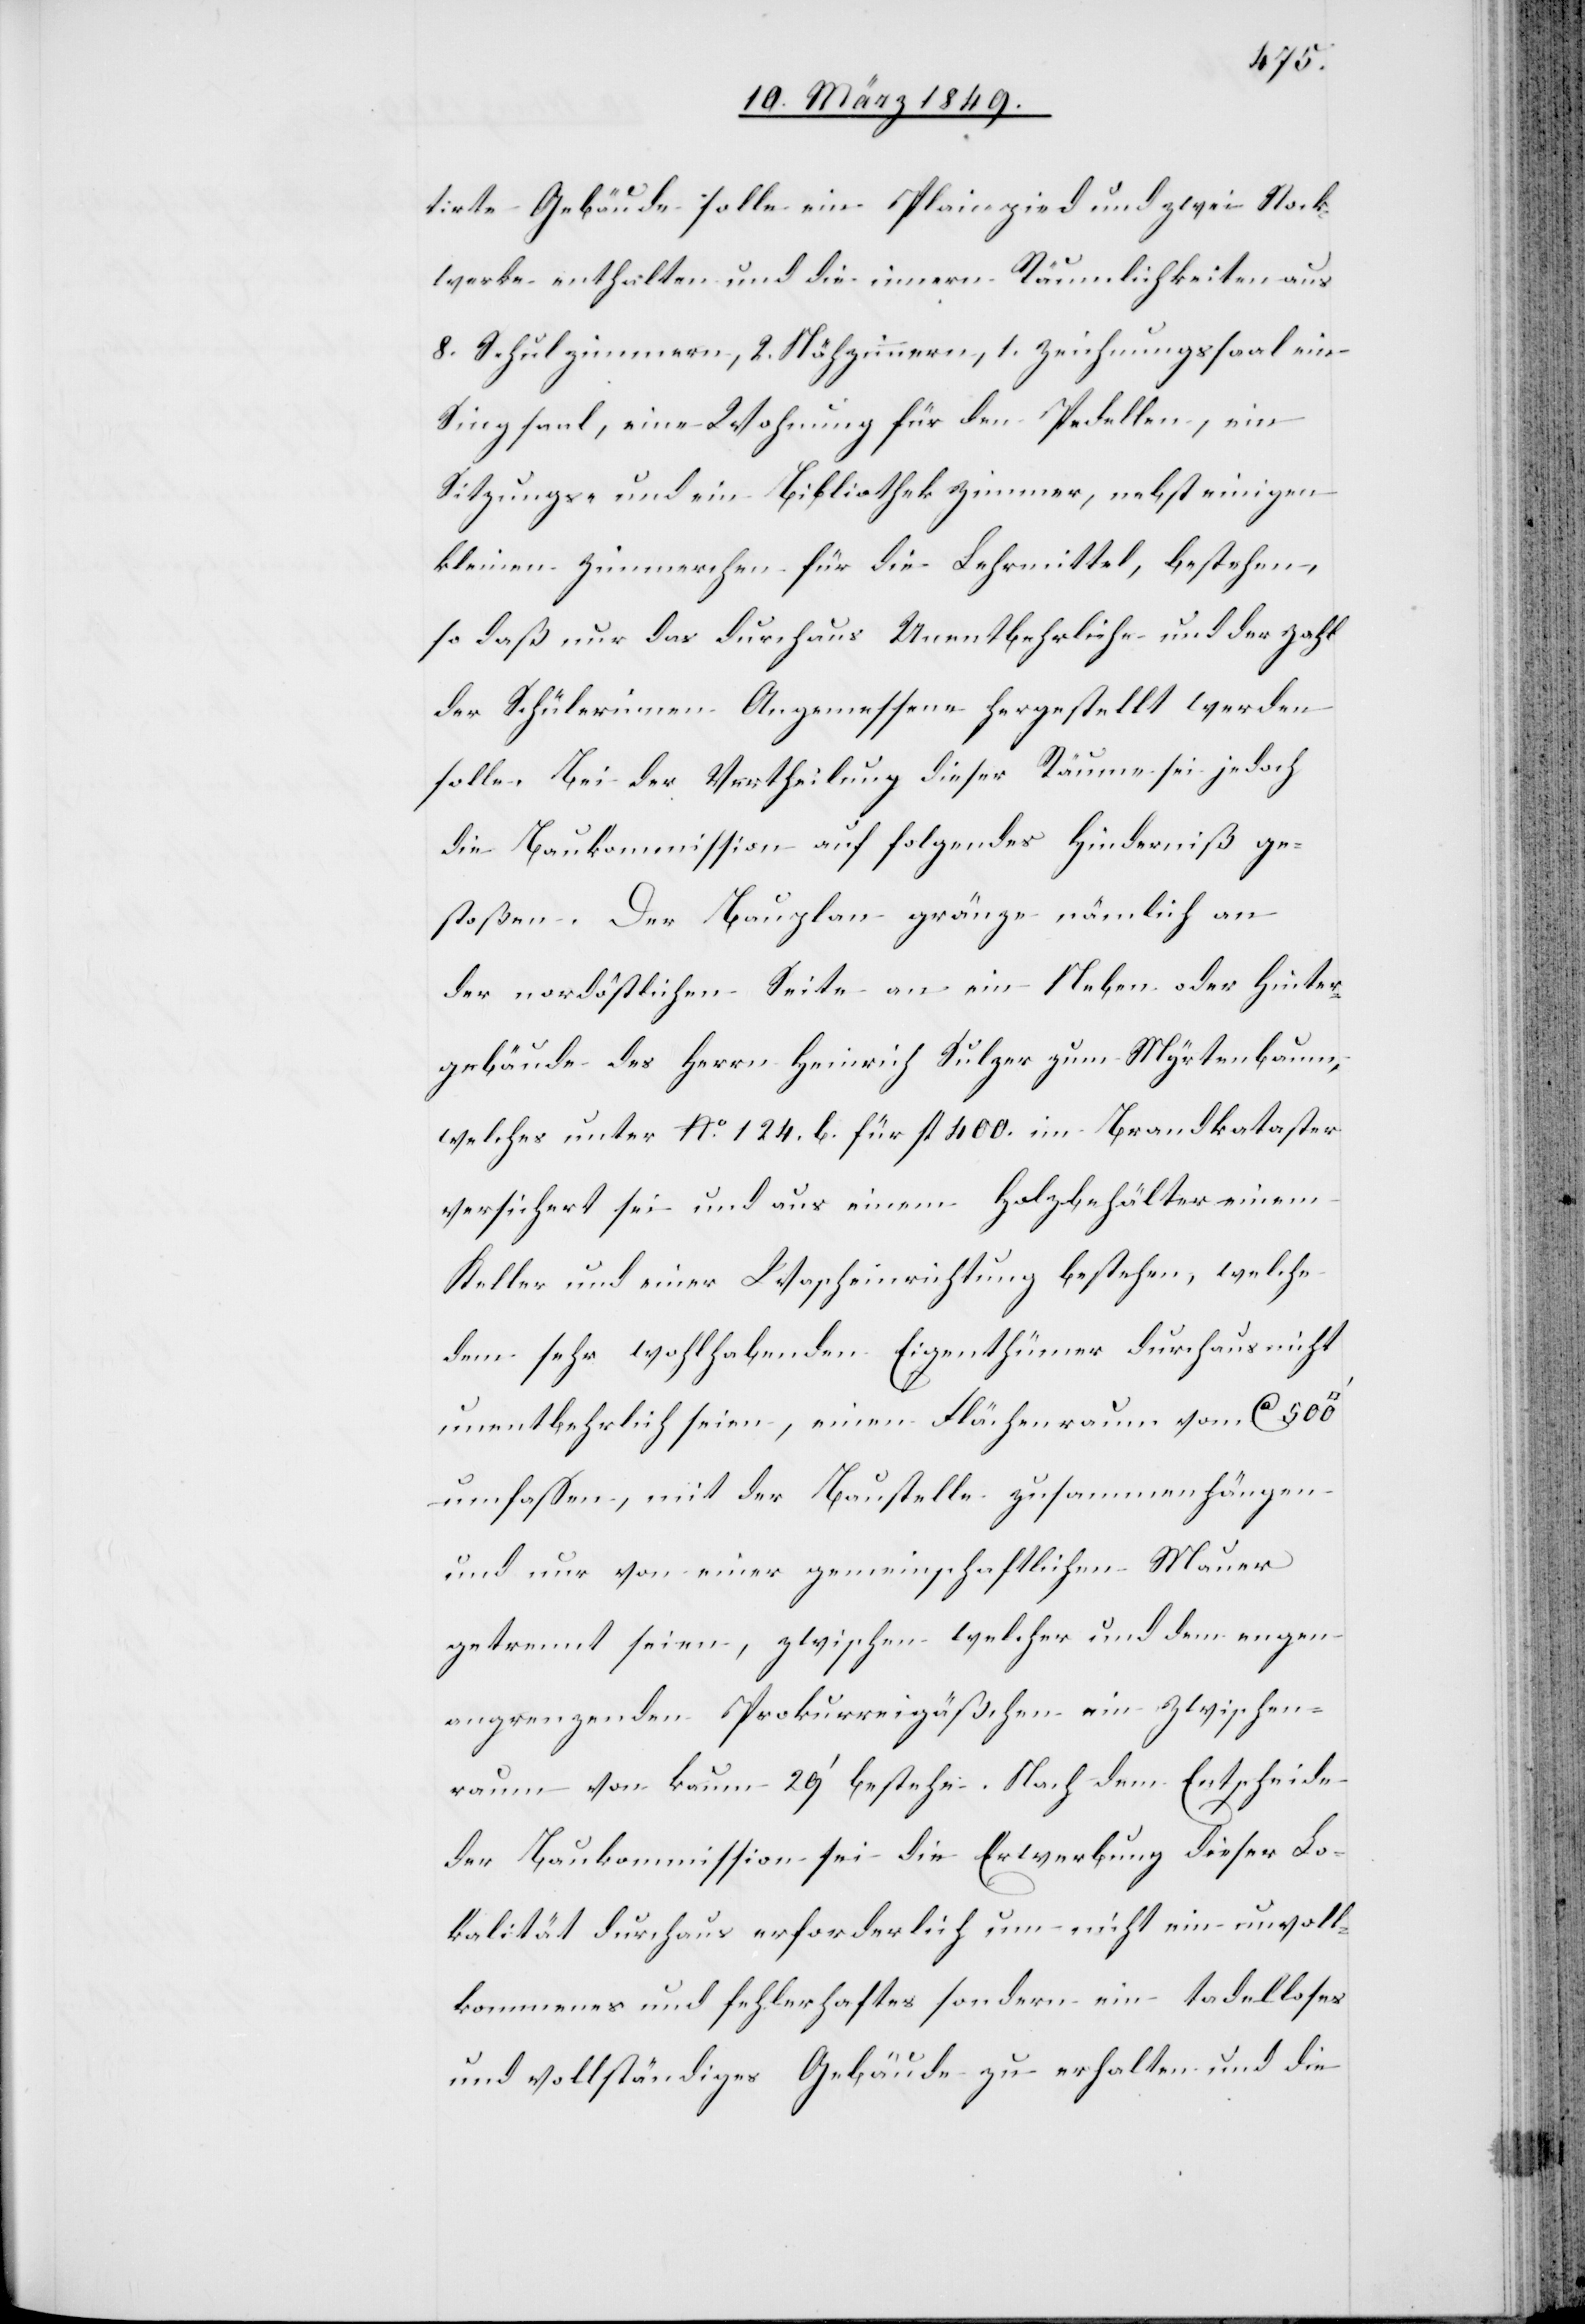
tirte Gebäude solle ein Plainpied und zwei Stock¬
werke enthalten und die innern Räumlichkeiten aus
8. Schulzimmern, 2. Nähzimmern, 1. Zeichnungssaal [,]
Singsaal, eine Wohnung für den Pedellen, ein
Sitzungs- und ein Bibliothekzimmer, nebst einigen
kleinen Zimmerchen für die Lehrmittel, bestehen,
so daß nur das durchaus Unentbehrliche und der Zahl
der Schülerinnen Angemessene hergestellt werden
solle. Bei der Vertheilung dieser Räume sei jedoch
die Baukommission auf folgendes Hinderniß ge¬
stoßen. Der Bauplan gränze nämlich an
der nordöstlichen Seite an ein Neben oder Hinter¬
gebäude des Herrn Heinrich Sulzer zum Myrtenbaum,
welches unter No. 124. b. für fl. 400. im Brandkataster
versichert sei und aus einem Holzbehälter einem
Keller und einer Wascheinrichtung bestehe, welche
dem sehr wohlhabenden Eigenthümer durchaus nicht
unentbehrlich seien, einen Flächenraum vom [sic!]
umfassen, mit der Baustelle zusammenhängen
und nur von einer gemeinschaftlichen Mauer
getrennt seien, zwischen welcher und dem engen
angrenzenden Prokurreigäßchen ein Zwischen¬
raum von kaum 29’ bestehe. Nach dem Entscheide
der Baukommission sei die Erwerbung dieser Lo¬
kalität durchaus erforderlich um nicht ein unvoll¬
kommenes und fehlerhaftes sondern ein tadelloses
und vollständiges Gebäude zu erhalten und die